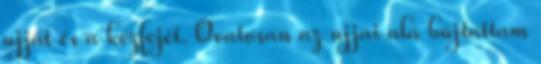
ujját és a kézfejét. Óvatosan az ujjai alá bújtattam